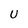
Character: U